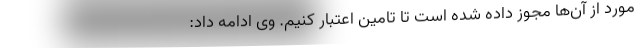
مورد از آن‌ها مجوز داده شده است تا تامین اعتبار کنیم. وی ادامه داد: